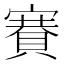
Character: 𧶼